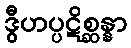
ဒွီဟပ္ပဋိစ္ဆန္နာ